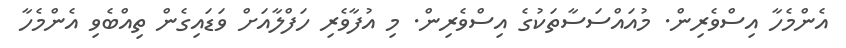
އެންމެހާ އިސްވެރިން. މުއައްސަސާތަކުގެ އިސްވެރިން. މި އުފާވެރި ހަފްލާއަށް ވަޑައިގެން ތިއްބެވި އެންމެހާ